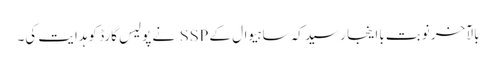
بالآخر نوبت بااینجا رسید کہ ساہیوال کے SSP نے پولیس گارڈ کو ہدایت کی۔